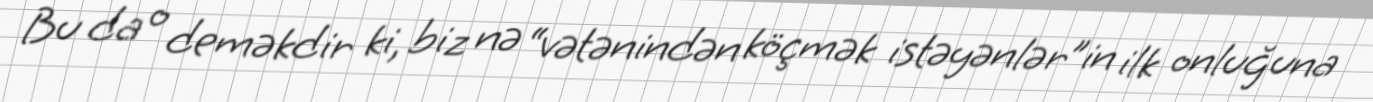
Bu da o deməkdir ki, biz nə “vətənindən köçmək istəyənlər”in ilk onluğuna